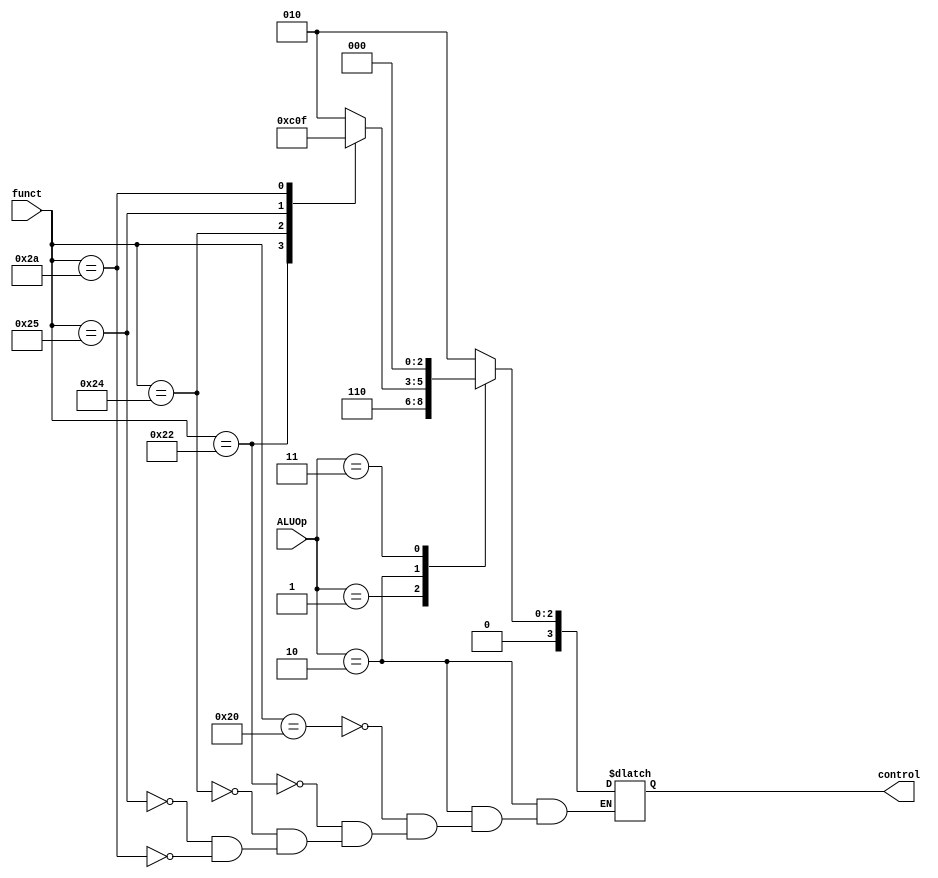
`timescale 1ns / 1ps


module ALUCtrl(ALUOp, funct, control);

    input  [1:0] ALUOp;
    input  [5:0] funct;
    output [3:0] control;

    reg    [3:0] control;

    always @(funct, ALUOp) begin
        case (ALUOp)
            2'b00: control = 4'b0010; // lw, sw, andi
            2'b01: control = 4'b0110; // beq, bne
            2'b10: // R-type
                case (funct)
                    6'b100000: control = 4'b0010; // add
                    6'b100010: control = 4'b0110; // sub
                    6'b100100: control = 4'b0000; // and
                    6'b100101: control = 4'b0001; // or
                    6'b101010: control = 4'b0111; // slt
                endcase
            2'b11: control = 4'b0000; // andi
        endcase
    end

endmodule